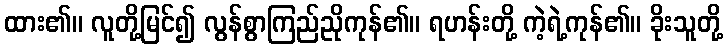
ထား၏။ လူတို့မြင်၍ လွန်စွာကြည်ညိုကုန်၏။ ရဟန်းတို့ ကဲ့ရဲ့ကုန်၏။ ခိုးသူတို့